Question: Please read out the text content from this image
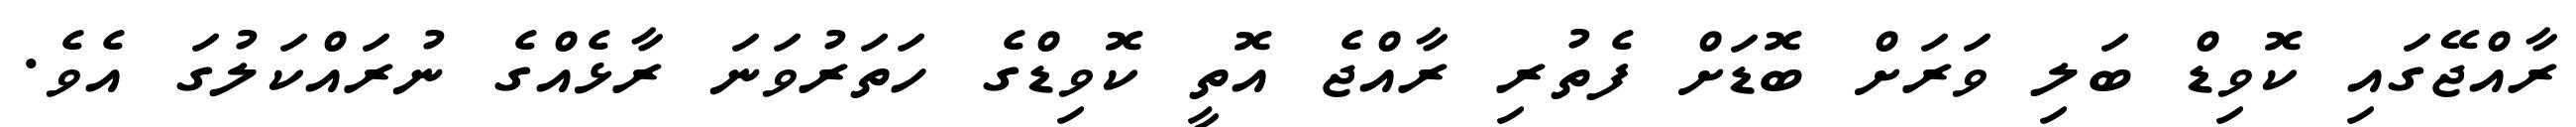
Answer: ރާއްޖޭގައި ކޮވިޑް ބަލި ވަރަށް ބޮޑަށް ފެތުރި ރާއްޖެ އޮތީ ކޮވިޑްގެ ހަތަރުވަނަ ރާޅެއްގެ ނުރައްކަލުގަ އެވެ.